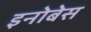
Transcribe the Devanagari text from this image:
इनोबेस